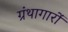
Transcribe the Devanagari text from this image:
ग्रंथागारों